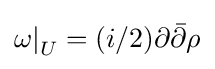
{\omega \vert }_{U}=(i/2)\partial {\bar {\partial }}\rho